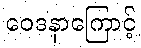
ဝေဒနာကြောင့်